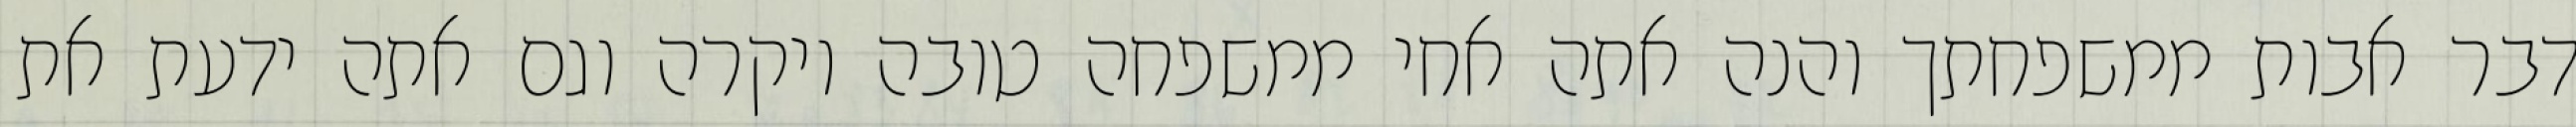
דבר אבות ממשפחתך והנה אתה אחי ממשפחה טובה ויקרה וגם אתה ידעת את